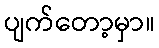
ပျက်တော့မှာ။